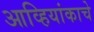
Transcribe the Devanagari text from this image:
आव्हियांकाचे